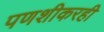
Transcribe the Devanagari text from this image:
पणशीकरही